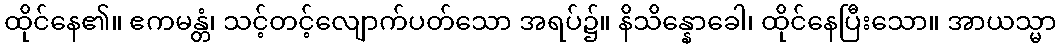
ထိုင်နေ၏။ ဧကမန္တံ၊ သင့်တင့်လျောက်ပတ်သော အရပ်၌။ နိသိန္နောခေါ၊ ထိုင်နေပြီးသော။ အာယသ္မာ